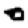
Digit: 0